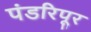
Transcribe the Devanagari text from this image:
पंडरिपूर